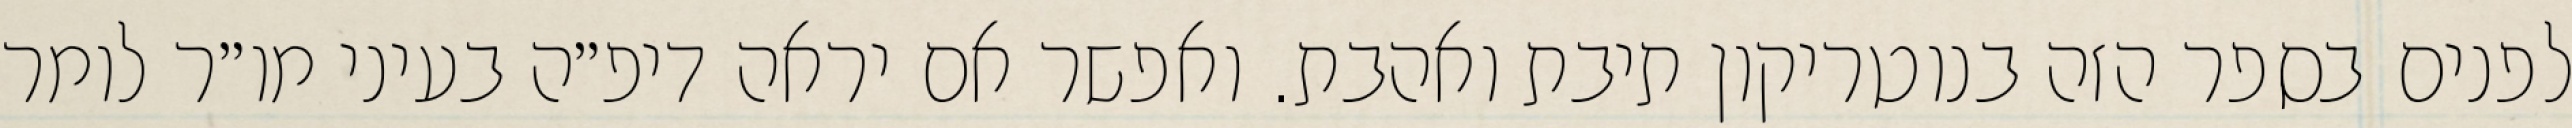
לפנים בספר הזה בנוטריקון תיבת ואהבת. ואפשר אם יראה דיפ״ה בעיני מו״ר לומר